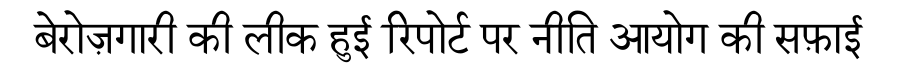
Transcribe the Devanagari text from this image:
बेरोज़गारी की लीक हुई रिपोर्ट पर नीति आयोग की सफ़ाई